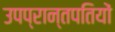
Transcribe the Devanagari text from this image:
उपप्रान्तपतियों